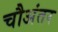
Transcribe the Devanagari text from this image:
चौअंतर